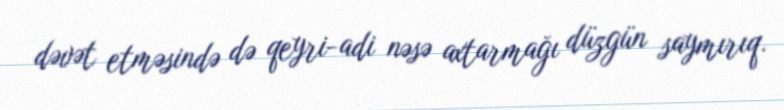
dəvət etməsində də qeyri-adi nəsə axtarmağı düzgün saymırıq.